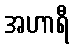
အဟာရီ